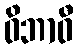
ဝိဘာဝီ